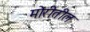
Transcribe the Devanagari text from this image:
मोरीतील